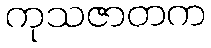
ကုသဇာတက